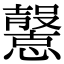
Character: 𢤶